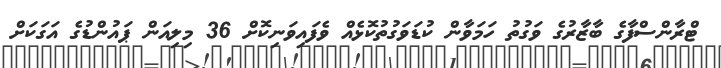
ޓްރާންސްފާގެ ބާޒާރުގެ ވަގުތު ހަމަވާން ކުޑަވަގުތުކޮޅެއް ވެފައިވަނިކޮށް 36 މިލިއަން ޕައުންޑުގެ އަގަކަށް